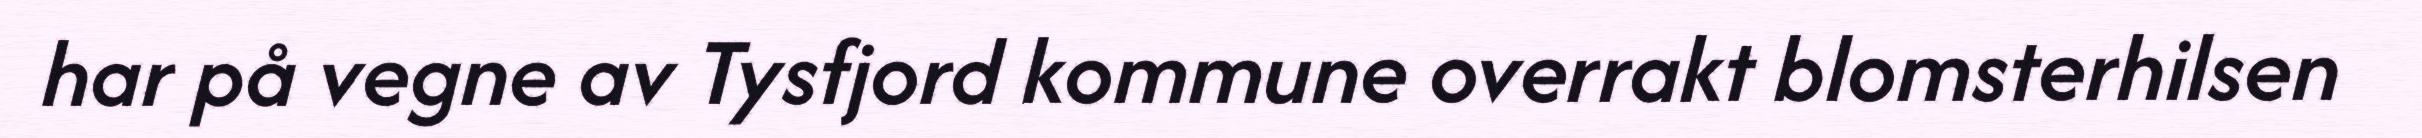
har på vegne av Tysfjord kommune overrakt blomsterhilsen